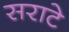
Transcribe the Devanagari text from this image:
सराटे